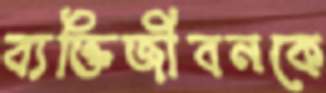
ব্যক্তিজীবনকে